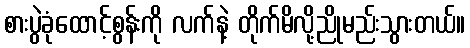
စားပွဲခုံထောင့်စွန်းကို လက်နဲ့ တိုက်မိလို့ညိုမည်းသွားတယ်။